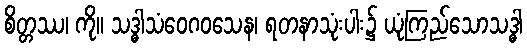
စိတ္တဿ၊ ကို။ သဒ္ဓါသံဝေဂဝသေန၊ ရတနာသုံးပါး၌ ယုံကြည်သောသဒ္ဓါ